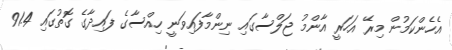
އެހެންކަމުން މިރޭ އަހަރީ އާންމު ޖަލްސާގައި ނިންމާފައިވަނީ ހިއްސާގެ ފައިދާގެ ގޮތުގައި 91.4